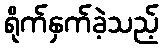
ရိုက်နှက်ခဲ့သည့်